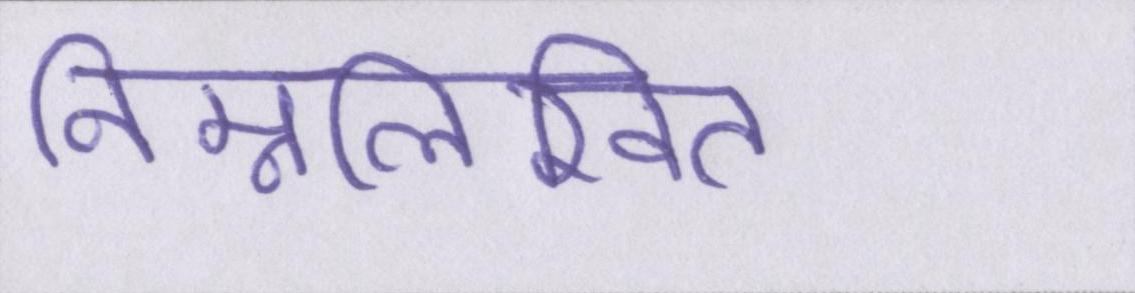
निम्नलिखित